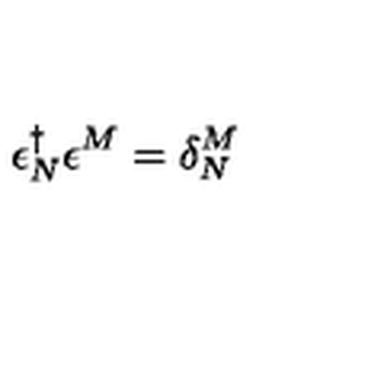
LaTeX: \epsilon _ { N } ^ { \dagger } \epsilon ^ { M } = \delta _ { N } ^ { M }